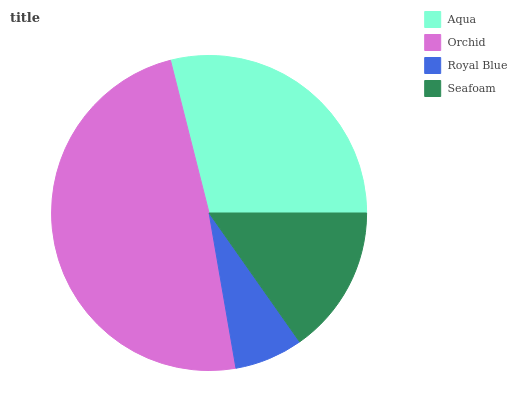
| Aqua | Orchid | Royal Blue | Seafoam |
 | --- | --- | --- | --- |
 | 28.9% | 48.8% | 7.03% | 15.2% |